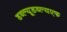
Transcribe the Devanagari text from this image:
डब्ल्यूडब्ल्यएफ